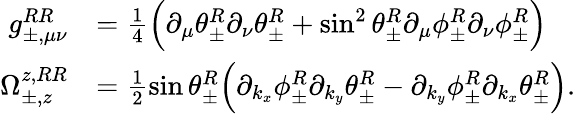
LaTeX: \begin{array}{rl}{g_{\pm,\mu\nu}^{RR}}&{=\frac{1}{4}\Big(\partial_{\mu}\theta_{\pm}^{R}\partial_{\nu}\theta_{\pm}^{R}+\sin^{2}\theta_{\pm}^{R}\partial_{\mu}\phi_{\pm}^{R}\partial_{\nu}\phi_{\pm}^{R}\Big)}\\ {\Omega_{\pm,z}^{z,RR}}&{=\frac{1}{2}\sin\theta_{\pm}^{R}\Big(\partial_{k_{x}}\phi_{\pm}^{R}\partial_{k_{y}}\theta_{\pm}^{R}-\partial_{k_{y}}\phi_{\pm}^{R}\partial_{k_{x}}\theta_{\pm}^{R}\Big).}\end{array}